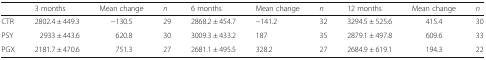
|  | 3 months | Mean change | n | 6 months | Mean change | n | 12 months | Mean change | n |
 | --- | --- | --- | --- | --- | --- | --- | --- | --- | --- |
 | CTR | 2802.4 ± 449.3 | −130.5 | 29 | 2868.2 ± 454.7 | −141.2 | 32 | 3294.5 ± 525.6 | 415.4 | 30 |
 | PSY | 2933 ± 443.6 | 620.8 | 30 | 3009.3 ± 433.2 | 187 | 35 | 2879.1 ± 497.8 | 609.6 | 33 |
 | PGX | 2181.7 ± 470.6 | 751.3 | 27 | 2681.1 ± 495.5 | 328.2 | 27 | 2684.9 ± 619.1 | 194.3 | 22 |